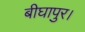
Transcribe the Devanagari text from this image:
बीघापुर।